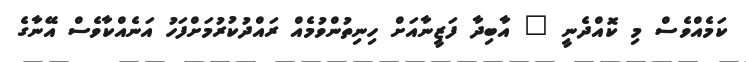
ކަމެއްވެސް މި ކޮއްދެނީ " އާބިދާ ފަޒީނާއަށް ހިނިތުންވުމެއް ރައްދުކުރުމަށްފަހު އަނެއްކާވެސް އޭނާގެ